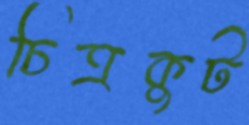
চিত্রকুট